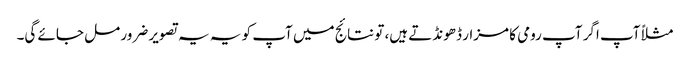
مثلاً آپ اگر آپ رومی کا مزار ڈھونڈتے ہیں، تو نتائج میں آپ کو یہ یہ تصویر ضرور مل جائے گی۔